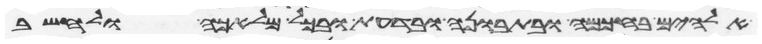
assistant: אלהים בחכמה ובתבונה ובדעת ובכל מלאכה ולחשב